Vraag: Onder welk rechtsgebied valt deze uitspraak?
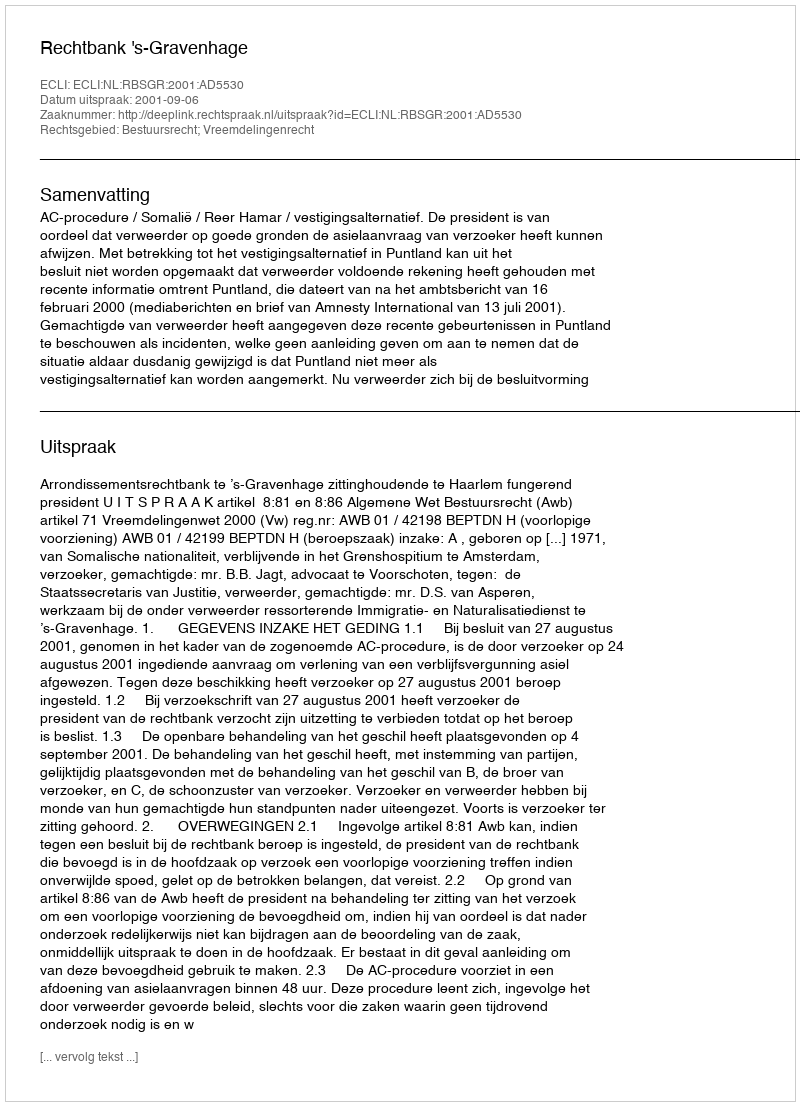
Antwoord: Bestuursrecht; Vreemdelingenrecht